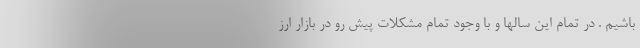
باشیم . در تمام این سالها و با وجود تمام مشکلات پیش رو در بازار ارز